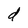
Character: d